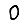
Digit: 0